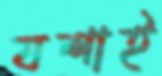
যশাই